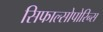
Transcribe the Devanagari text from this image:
सिफाल्सोपोरिन्स